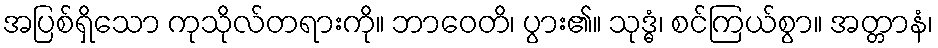
အပြစ်ရှိသော ကုသိုလ်တရားကို။ ဘာဝေတိ၊ ပွား၏။ သုဒ္ဓံ၊ စင်ကြယ်စွာ။ အတ္တာနံ၊